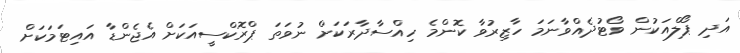
އަދި ޕޯލްއަކުން ވޯޓުދެއްވާނަމަ ހާޒިރުވާ ކޮންމެ ހިއްސާދާރަކަށް ނުވަތަ ޕްރޮކްސީއަކަށް އެޖެންޑާ އައިޓަމަކަށް